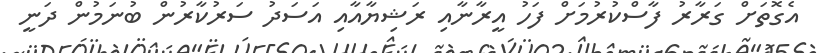
އެގޮތަށް ގަރާރު ފާސްކުރުމަށް ފަހު އީރާނާއި ރަޝިޔާއާއި އަސަދު ސަރުކާރުން ބުނަމުން ދަނީ